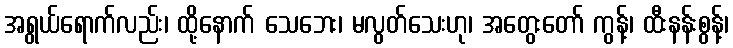
အရွယ်ရောက်လည်း၊ ထို့နောက် သေဘေး၊ မလွတ်သေးဟု၊ အတွေးတော် ကွန့်၊ ထီးနန်းစွန့်၊